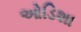
ઓડિશા